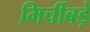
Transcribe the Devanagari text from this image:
मिर्चीबड़े